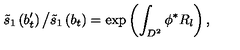
\tilde { s } _ { 1 } \left( b _ { t } ^ { \prime } \right) \big / \tilde { s } _ { 1 } \left( b _ { t } \right) = \exp \left( \int _ { D ^ { 2 } } \phi ^ { * } R _ { l } \right) ,